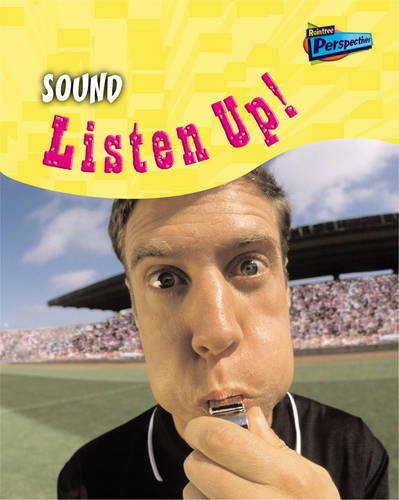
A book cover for Sound: Listen Up (Science in Your Life) (Science in Your Life); Wendy Sadler; Children's Books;